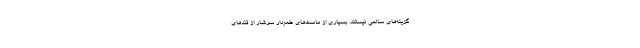
گزینه‌های سالمی نیستند. بسیاری از ماست‌های طعم‌دار سرشار از قندهای